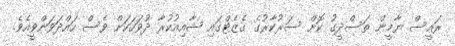
ރައީސް ޔާމީން ތަސްދީގު ކޮށް ސަރުކާރުގެ ގެޒެޓްގައި ޝާއިއުކުރާ ދުވަހަކަށް ވެސް ހައްދަވަންވީއެވެ.